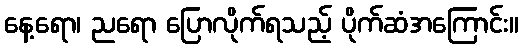
နေ့ရော၊ ညရော ပြောလိုက်ရသည့် ပိုက်ဆံအကြောင်း။